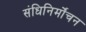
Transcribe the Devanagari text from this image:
संधिनिर्मोंचन